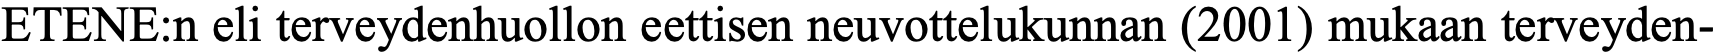
ETENE:n eli terveydenhuollon eettisen neuvottelukunnan (2001) mukaan terveyden-